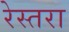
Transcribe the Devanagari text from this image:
रेस्तरा